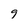
Character: 9